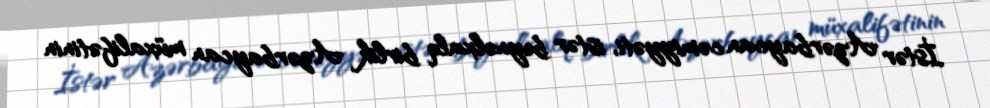
İstər Azərbaycan cəmiyyəti, istər beynəlxalq birlik Azərbaycan müxalifətinin